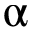
\upalpha